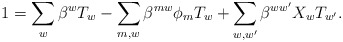
\begin{align*}1 = \sum_{w}\beta^{w}T_{w} - \sum_{m,w}\beta^{mw}\phi_{m}T_{w} + \sum_{w,w^{\prime}} \beta^{ww^{\prime}}X_{w} T_{w^{\prime}}.\end{align*}